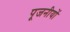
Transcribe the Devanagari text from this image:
पूजनीयों